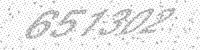
Solution: 651302